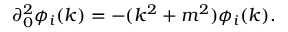
\partial _ { 0 } ^ { 2 } \phi _ { i } ( k ) = - ( k ^ { 2 } + m ^ { 2 } ) \phi _ { i } ( k ) .